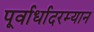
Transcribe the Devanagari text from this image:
पूर्वार्धादरम्यान